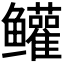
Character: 𬶺